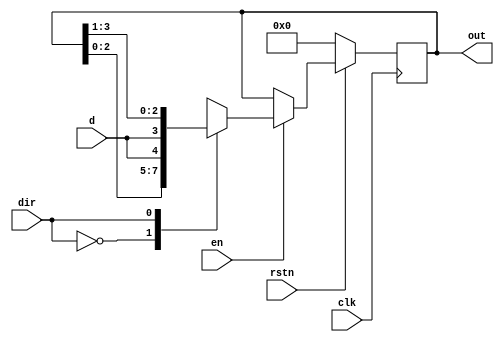
module Bidirectional_shift_register  #( parameter MSB = 4)
 ( input d,                      
	input clk,                    
	input en,                    
	input dir,                    
	input rstn,                   
	output reg [MSB-1:0] out); 
     	

   always @ (posedge clk)
      if (!rstn)
         out <= 0;
      else begin
         if (en)
            case (dir)
               0 :  out <= {out[MSB-2:0], d};
               1 :  out <= {d, out[MSB-1:1]};
            endcase
         else
            out <= out;
      end
endmodule